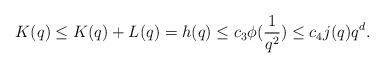
LaTeX: \begin{align*}K(q)\le K(q)+L(q)= h(q) \le c_3 \phi(\frac{1}{q^2})\le c_4 j(q)q^d.\end{align*}